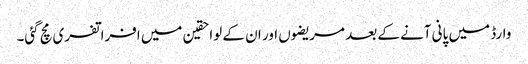
وارڈ میں پانی آنے کے بعد مریضوں اور ان کے لواحقین میں افراتفری مچ گئی۔